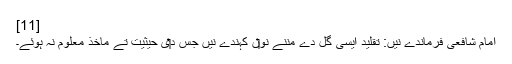
[11]
امام شافعی فرماندے نيں: تقلید ایسی گل دے مننے نو‏‏ں کہندے نيں جس د‏‏ی حیثیت تے ماخذ معلوم نہ ہوئے۔